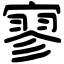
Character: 寥